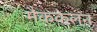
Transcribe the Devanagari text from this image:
मैककेलन